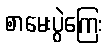
စာမေးပွဲကြေး